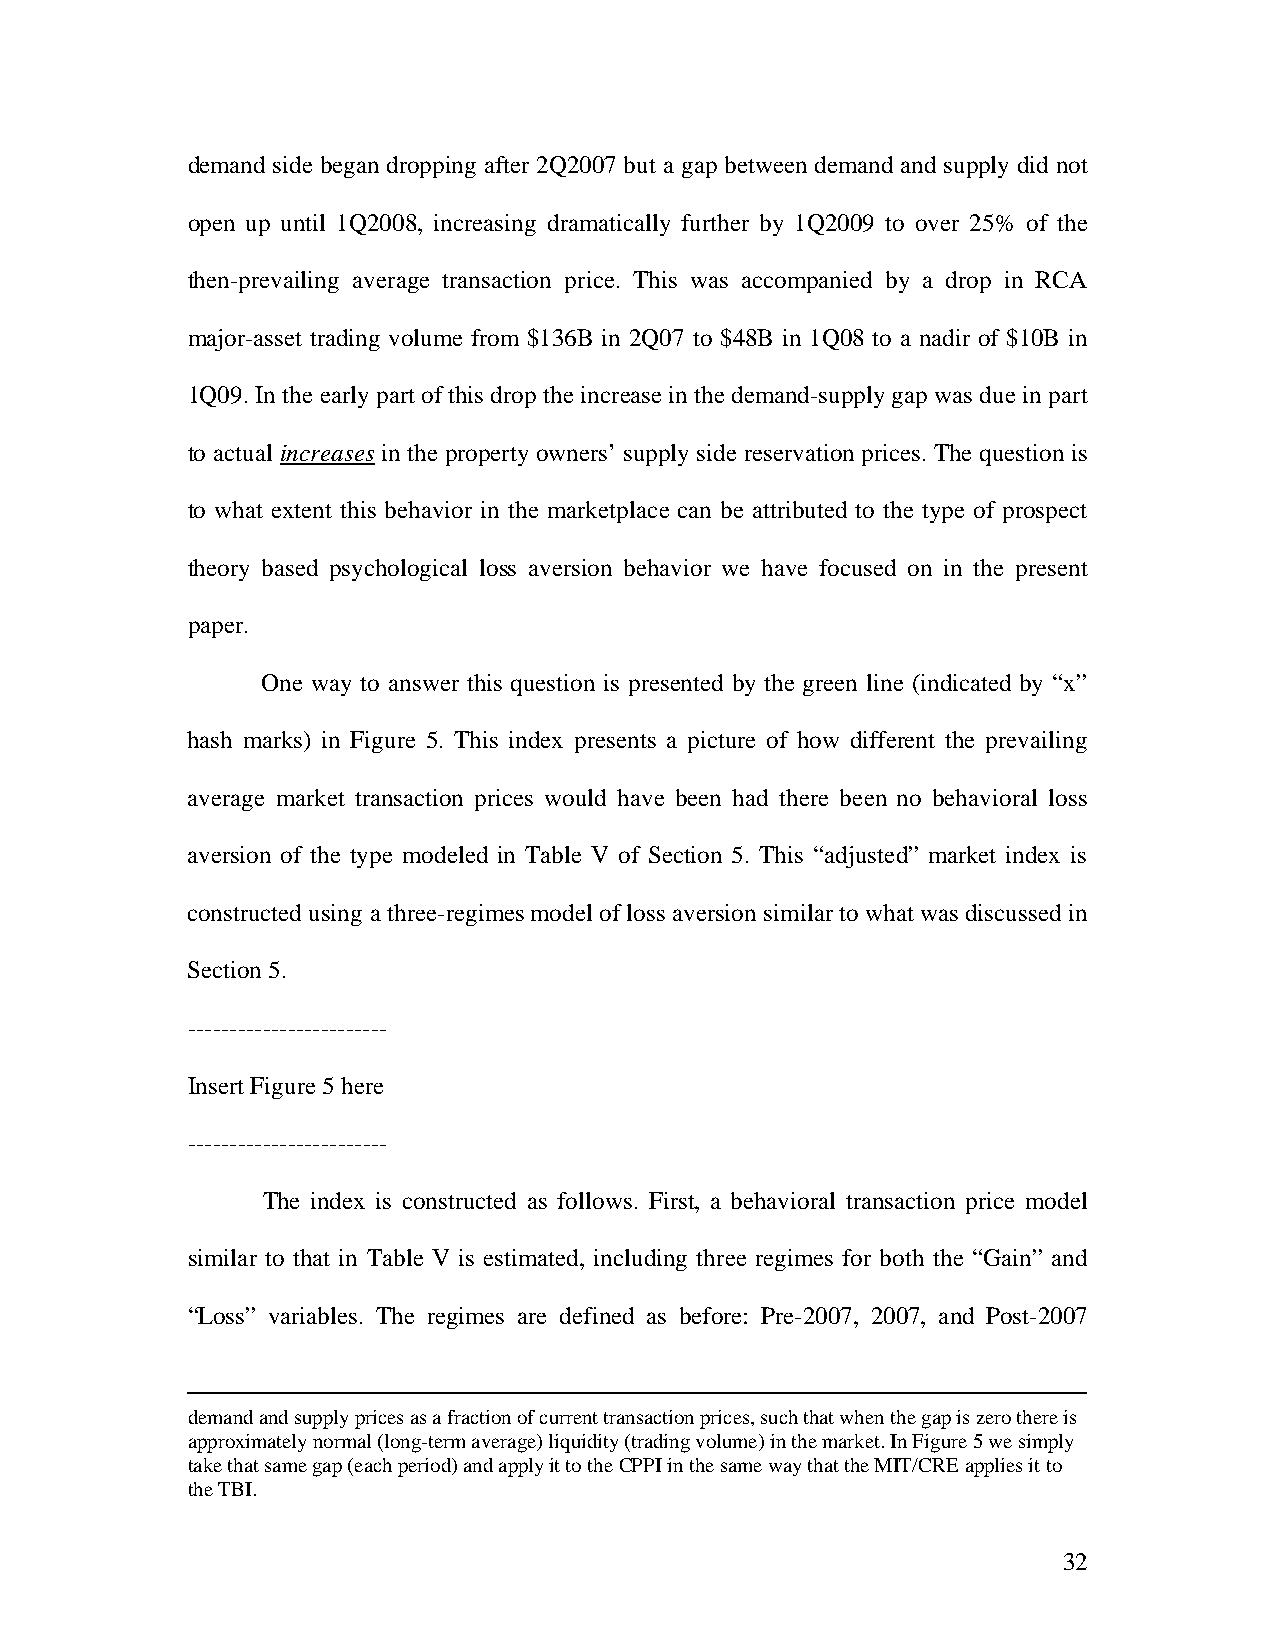
demand side began dropping after 2Q2007 but a gap between demand and supply did not
 open up until 1Q2008, increasing dramatically further by 1Q2009 to over 25% of the
 then-prevailing average transaction price. This was accompanied by a drop in RCA
 major-asset trading volume from $136B in 2Q07 to $48B in 1Q08 to a nadir of $10B in
 1Q09. In the early part of this drop the increase in the demand-supply gap was due in part
 to actual increases in the property owners’ supply side reservation prices. The question is
 to what extent this behavior in the marketplace can be attributed to the type of prospect
 theory based psychological loss aversion behavior we have focused on in the present
 paper.
 One way to answer this question is presented by the green line (indicated by “x”
 hash marks) in Figure 5. This index presents a picture of how different the prevailing
 average market transaction prices would have been had there been no behavioral loss
 aversion of the type modeled in Table V of Section 5. This “adjusted” market index is
 constructed using a three-regimes model of loss aversion similar to what was discussed in
 Section 5.
 ------------------------
 Insert Figure 5 here
 ------------------ ------
 The index is constructed as follows. First, a behavioral transaction price model
 similar to that in Table V is estimated, including three regimes for both the “Gain” and
 “Loss” variables. The regimes are defined as before: Pre-2007, 2007, and Post-2007
 demand and supply prices as a fraction of current transaction prices, such that when the gap is zero there is
 approximately normal (long-term average) liquidity (trading volume) in the market. In Figure 5 we simply
 take that same gap (each period) and apply it to the CPPI in the same way that the MIT/CRE applies it to
 the TBI.
 32